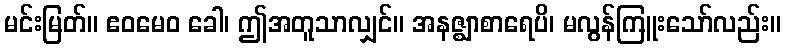
မင်းမြတ်။ ဧဝမေဝ ခေါ၊ ဤအတူသာလျှင်။ အနဇ္ဈာစာရေပိ၊ မလွန်ကြူးသော်လည်း။